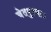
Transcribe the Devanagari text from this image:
चेतपुरवा।